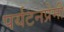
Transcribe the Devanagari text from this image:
पर्यटनप्रेमी